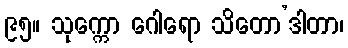
၉၅။ သုက္ကော ဂေါရော သိတော’ဒါတာ၊